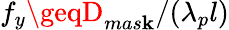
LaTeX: f_{y}\geqD_{mas\mathbf{k}}/(\lambda_{p}l)